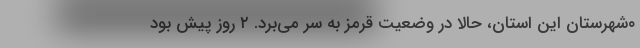
۰شهرستان این استان، حالا در وضعیت قرمز به سر می‌برد. ۲ روز پیش بود